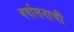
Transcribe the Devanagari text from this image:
वर्षासनाची